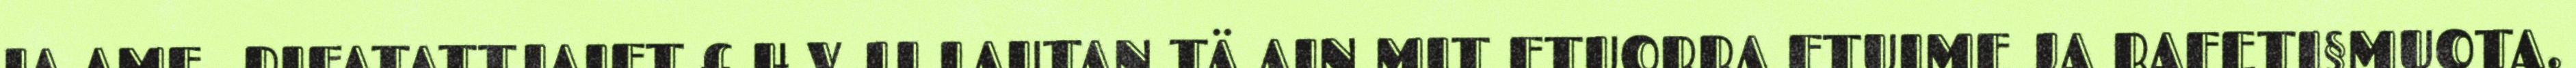
JA AME- RIFATATTJAIFT.£ H V JJ LAUTAN TÄ AIN MIT FTUORRA FTUIME JA RAFETI§MUOTA.